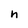
Character: n